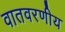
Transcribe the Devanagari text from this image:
वातवरणीय